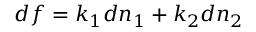
d f = k _ { 1 } d n _ { 1 } + k _ { 2 } d n _ { 2 }